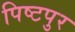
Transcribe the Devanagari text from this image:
पिष्टपुर